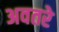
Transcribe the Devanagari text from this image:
अवतरे